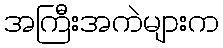
အကြီးအကဲများက